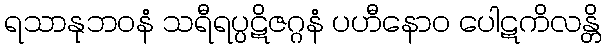
ရသာနုဘဝနံ သရီရပ္ပဋိဇဂ္ဂနံ ပဟီနောဝ ပေါဋကိလန္တိ